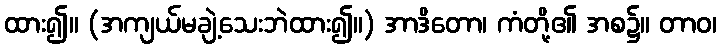
ထား၍။ (အကျယ်မချဲ့သေးဘဲထား၍။) အာဒိတော၊ ကံတို့၏ အစ၌။ တာဝ၊